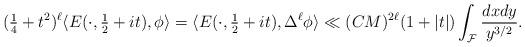
LaTeX: \begin{align*}(\tfrac 14 + t^2)^{\ell} \langle E(\cdot, \tfrac 12 + it), \phi \rangle = \langle E(\cdot, \tfrac 12 + it), \Delta^{\ell} \phi \rangle \ll (CM)^{2\ell} (1+|t|) \int_{\mathcal F} \frac{dx dy}{y^{3/2}}.\end{align*}